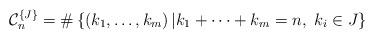
LaTeX: \begin{align*}\mathcal{C}_{n}^{\left\{J\right\} }=\#\left\{ \left(k_{1},\dots,k_{m}\right)\vert k_{1}+\dots+k_{m}=n,\thinspace\thinspace k_{i}\in J\right\}\end{align*}